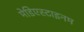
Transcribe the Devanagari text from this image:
मेडिएस्टाइनम